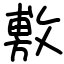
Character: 敷